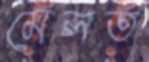
মেলত